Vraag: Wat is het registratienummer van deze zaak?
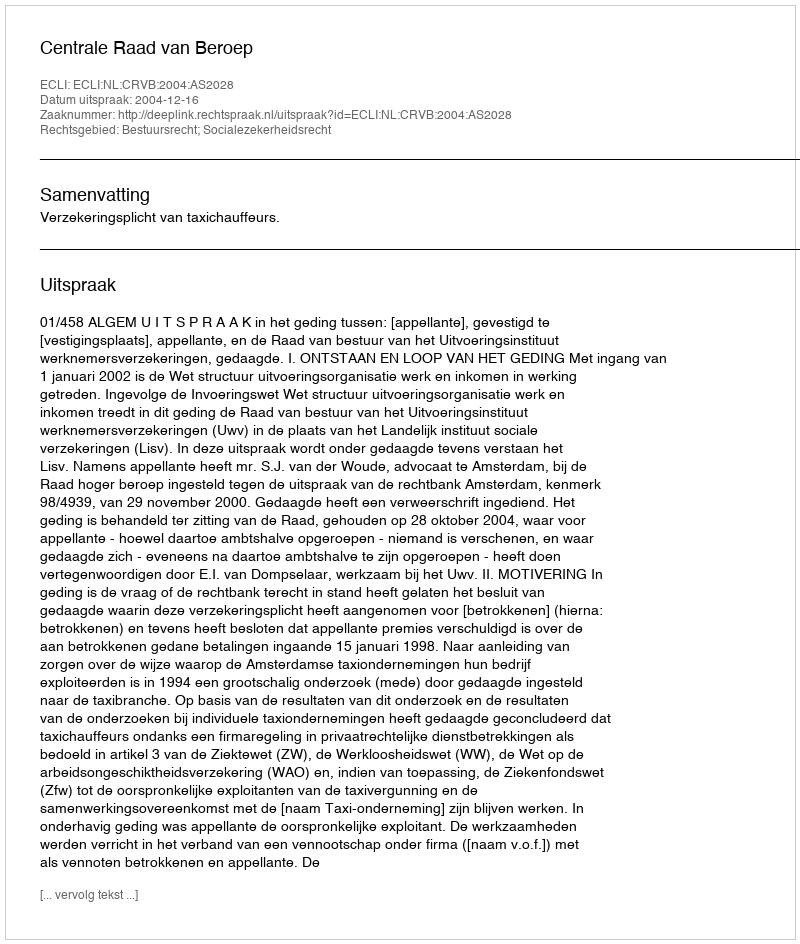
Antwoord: http://deeplink.rechtspraak.nl/uitspraak?id=ECLI:NL:CRVB:2004:AS2028